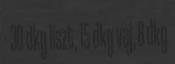
- 30 dkg liszt, 15 dkg vaj, 8 dkg